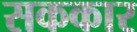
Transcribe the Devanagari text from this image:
सककार